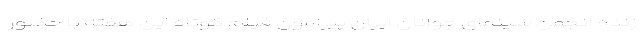
زنده انجمن سینمای جوانان ایران پیرامون فیلم کوتاه این هفته با حضور